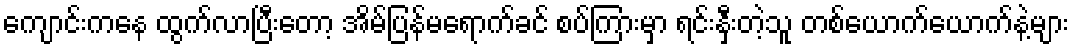
ကျောင်းကနေ ထွက်လာပြီးတော့ အိမ်ပြန်မရောက်ခင် စပ်ကြားမှာ ရင်းနှီးတဲ့သူ တစ်ယောက်ယောက်နဲ့များ